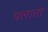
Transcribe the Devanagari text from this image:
पलाता